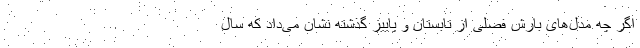
اگر چه مدل‌های بارش فصلی از تابستان و پاییز گذشته نشان می‌داد که سال